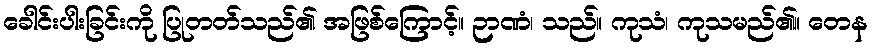
ခေါင်းပါးခြင်းကို ပြုတတ်သည်၏ အဖြစ်ကြောင့်။ ဉာဏံ၊ သည်။ ကုသံ၊ ကုသမည်၏။ တေန